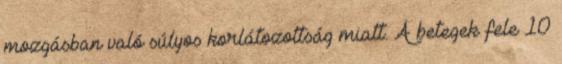
mozgásban való súlyos korlátozottság miatt. A betegek fele 10